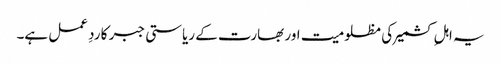
یہ اہلِ کشمیر کی مظلومیت اور بھارت کے ریاستی جبر کا ردِ عمل ہے۔